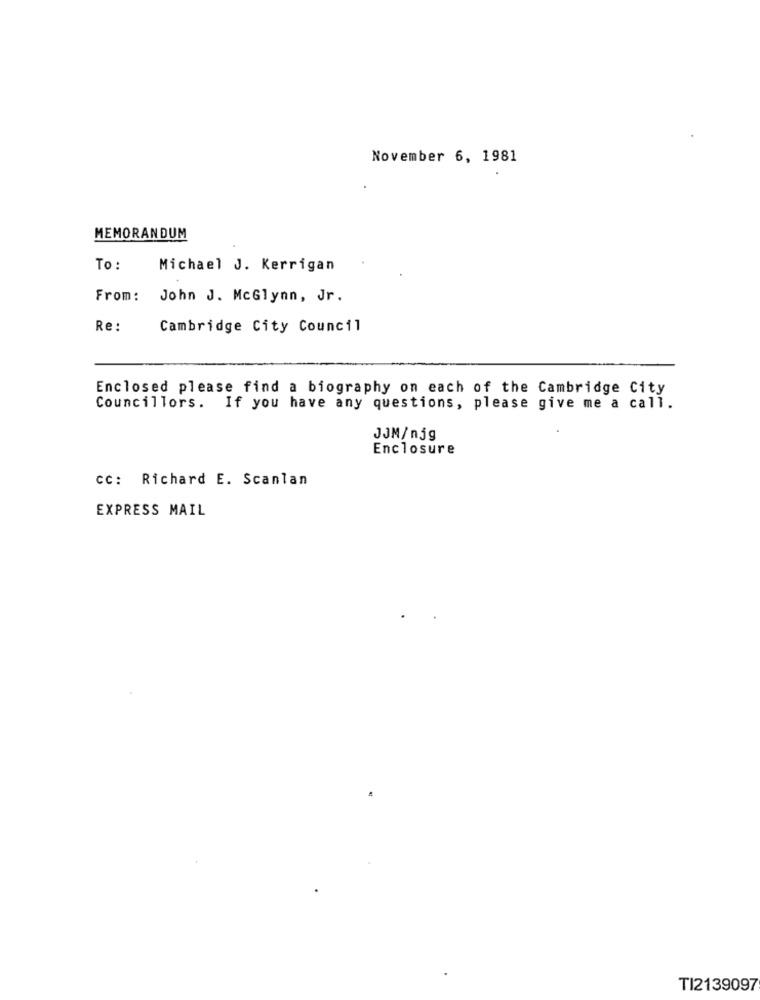
November 6, 1981
MEMORANDUM
To :
Michael J. Kerrigan
From: John J. McGlynn, Jr.
Re:
Cambridge City Council
Enclosed please find a biography on each of the Cambridge City
Councillors. If you have any questions, please give me a call.
JJM/njg
Enclosure
CC: Richard E. Scanlan
EXPRESS MAIL
TI2139097